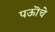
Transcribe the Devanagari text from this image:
पऊॊचे